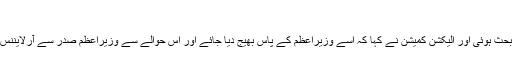
‘
انہوں نے کہا کہ اس پر آج دوبارہ بحث ہوئی اور الیکشن کمیشن نے کہا کہ اسے وزیراعظم کے پاس بھیج دیا جائے اور اس حوالے سے وزیراعظم صدر سے آرلایننس جاری کرنے کی درخواست کریں۔